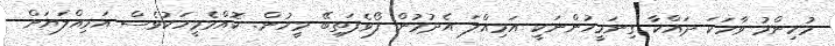
މުހިންމު ވާހަކަ ދައްކާ ގިނަމީހުންނަކީ އަމިއްލަ އެދުމުން ފޯވެފަތިބޭ މީހުން. ކޮއްމެމީހަކުވެސް އަމިއްލަޔަށް